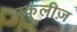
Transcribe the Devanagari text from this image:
स्कूलीज़